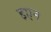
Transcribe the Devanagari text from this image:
इएन